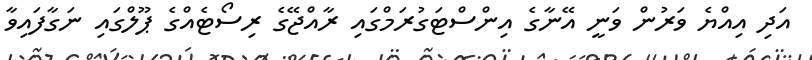
އަދި އިއްޔެ ވަރުން ވަނީ އޭނާގެ އިންސްޓަގުރަމްގައި ރާއްޖޭގެ ރިސޯޓެއްގެ ޕޫލްގައި ނަގާފައިވާ